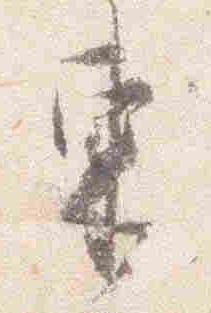
東